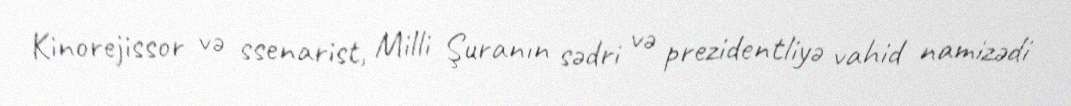
Kinorejissor və ssenarist, Milli Şuranın sədri və prezidentliyə vahid namizədi